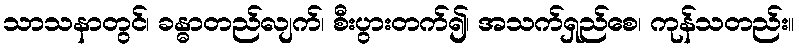
သာသနာတွင်၊ ခန္ဓာတည်လျက်၊ စီးပွားတက်၍၊ အသက်ရှည်စေ၊ ကုန်သတည်း။